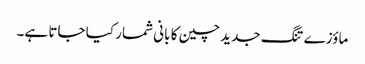
ماؤزے تنگ جدید چین کا بانی شمار کیا جاتا ہے۔